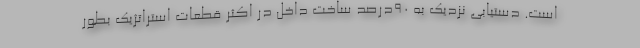
است. دستیابی نزدیک به ۹۰درصد ساخت داخل در اکثر قطعات استراتژیک بطور